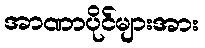
အာဏာပိုင်များအား